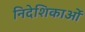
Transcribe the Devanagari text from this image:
निदेशिकाओं